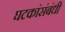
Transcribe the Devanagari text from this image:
घटकांसंबंधी